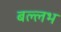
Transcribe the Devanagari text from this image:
बल्‍लभ